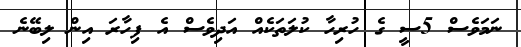
ނަމަވެސް 5ސީ ގެ ހުރިހާ ކުލަތަކެއް އަދިވެސް އެ ފިހާރަ އިން ލިބޭނެ